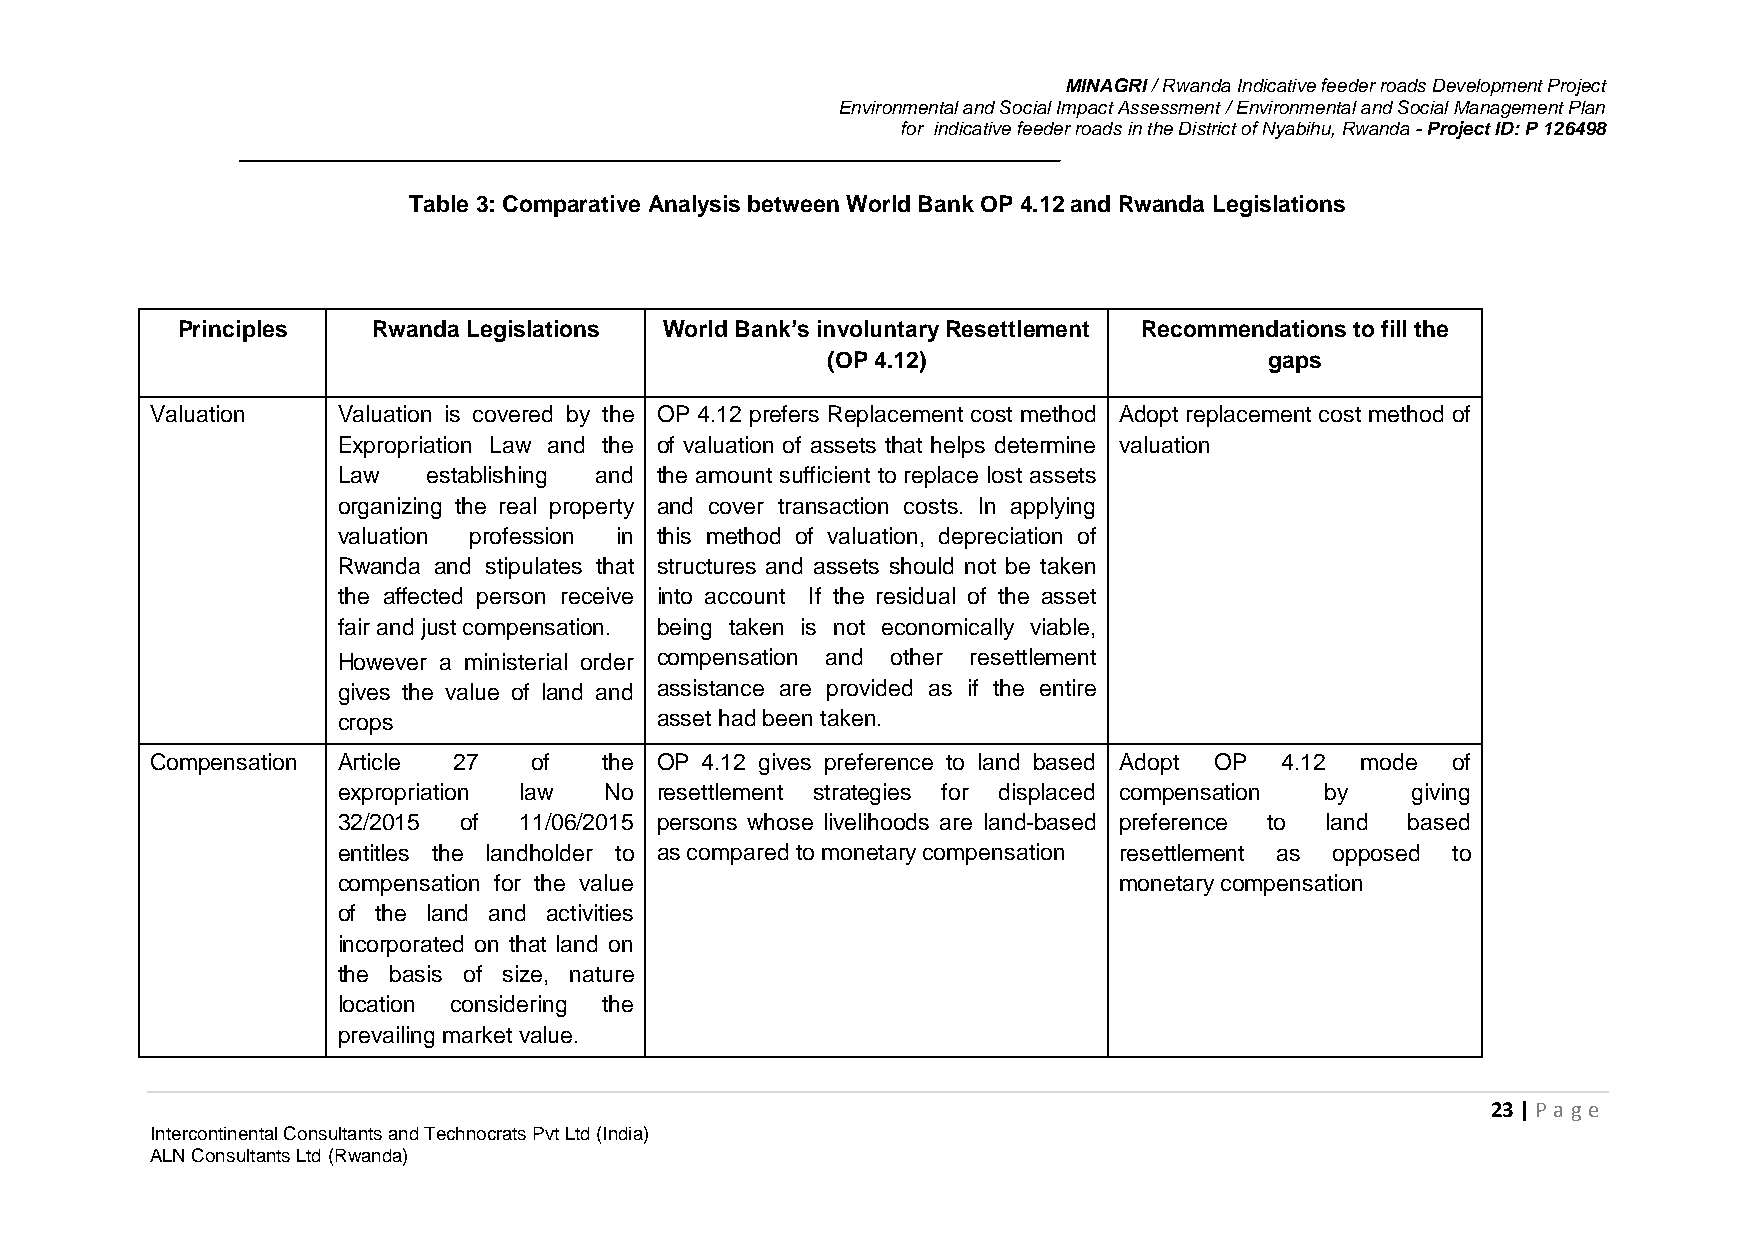
MINAGRI / Rwanda Indicative feeder roads Development Project
 Environmental and Social Impact Assessment / Environmental and Social Management Plan
 for indicative feeder roads in the District of Nyabihu, Rwanda - Project ID: P 126498
 Table 3: Comparative Analysis between World Bank OP 4.12 and Rwanda Legislations
 Principles   Rwanda Legislations World Bank’s involuntary Resettlement Recommendations to fill the
 (OP 4.12)                    gaps
 Valuation   Valuation is covered by the OP 4.12 prefers Replacement cost method Adopt replacement cost method of
 Expropriation Law and the of valuation of assets that helps determine valuation
 Law   establishing and the amount sufficient to replace lost assets
 organizing the real property and cover transaction costs. In applying
 valuation profession in this method of valuation, depreciation of
 Rwanda and stipulates that structures and assets should not be taken
 the affected person receive into account If the residual of the asset
 fair and just compensation. being taken is not economically viable,
 However a ministerial order compensation and other resettlement
 gives the value of land and assistance are provided as if the entire
 crops                asset had been taken.
 Compensation Article 27  of   the OP 4.12 gives preference to land based Adopt OP 4.12 mode of
 expropriation law No resettlement strategies for displaced compensation by giving
 32/2015 of  11/06/2015 persons whose livelihoods are land-based preference to land based
 entitles the landholder to as compared to monetary compensation resettlement as opposed to
 compensation for the value                          monetary compensation
 of the land and activities
 incorporated on that land on
 the basis of size, nature
 location considering the
 prevailing market value.
 23 | P age
 Intercontinental Consultants and Technocrats Pvt Ltd (India)
 ALN Consultants Ltd (Rwanda)